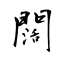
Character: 闊